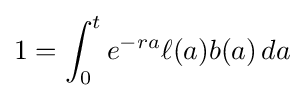
1=\int _{0}^{t}e^{-ra}\ell (a)b(a)\,da